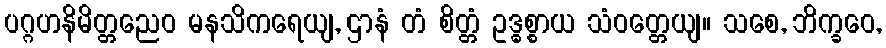
ပဂ္ဂဟနိမိတ္တညေဝ မနသိကရေယျ, ဌာနံ တံ စိတ္တံ ဥဒ္ဓစ္စာယ သံဝတ္တေယျ။ သစေ, ဘိက္ခဝေ,